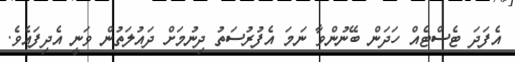
އެފަދަ ޓެސްޓެއް ހަދަން ބޭނުންވާ ނަމަ އެފުރުސަތު ދިނުމަށް ދައުލަތުން ވަނީ އެދިފައެވެ.